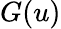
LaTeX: G(u)